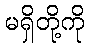
မရှိတို့ကို